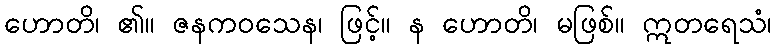
ဟောတိ၊ ၏။ ဇနကဝသေန၊ ဖြင့်။ န ဟောတိ၊ မဖြစ်။ ဣတရေသံ၊